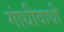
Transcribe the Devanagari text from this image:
गांधीवाधी